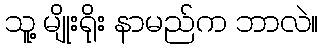
သူ့ မျိုးရိုး နာမည်က ဘာလဲ။